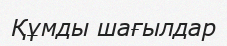
Құмды шағылдар